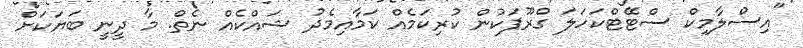
"އިސްލާމިކް ސްޓޭޓްކަހަލަ ގްރޫޕަކުން ކުރިކަމެއް ކަމާއިމެދު ޝައްކެއް ނެތް. މާ ދީނީ ބަޔަކަށް